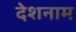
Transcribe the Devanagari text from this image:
देशनाम